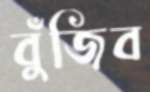
বুঁজিব